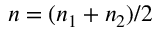
n = ( n _ { 1 } + n _ { 2 } ) / 2